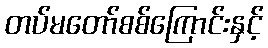
တပ်မတော်စစ်ကြောင်းနှင့်